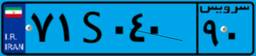
۱۱S۱۳۳۳۴